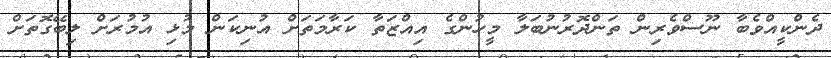
ދެންކީއްވެބާ ނޫސްވެރިން ތަންދޮރުނުބަލާ މީހުންގެ އިއްޒަތާ ކަރާމަތަށް އުނިކަން މުޅި އުމުރަށް ލިބޭގޮތަށް